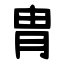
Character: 胄